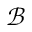
\mathcal { B }